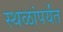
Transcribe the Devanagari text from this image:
स्थळांपर्यंत